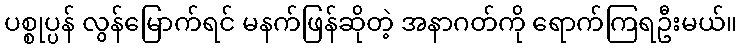
ပစ္စုပ္ပန် လွန်မြောက်ရင် မနက်ဖြန်ဆိုတဲ့ အနာဂတ်ကို ရောက်ကြရဦးမယ်။